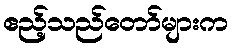
ဧည့်သည်တော်များက